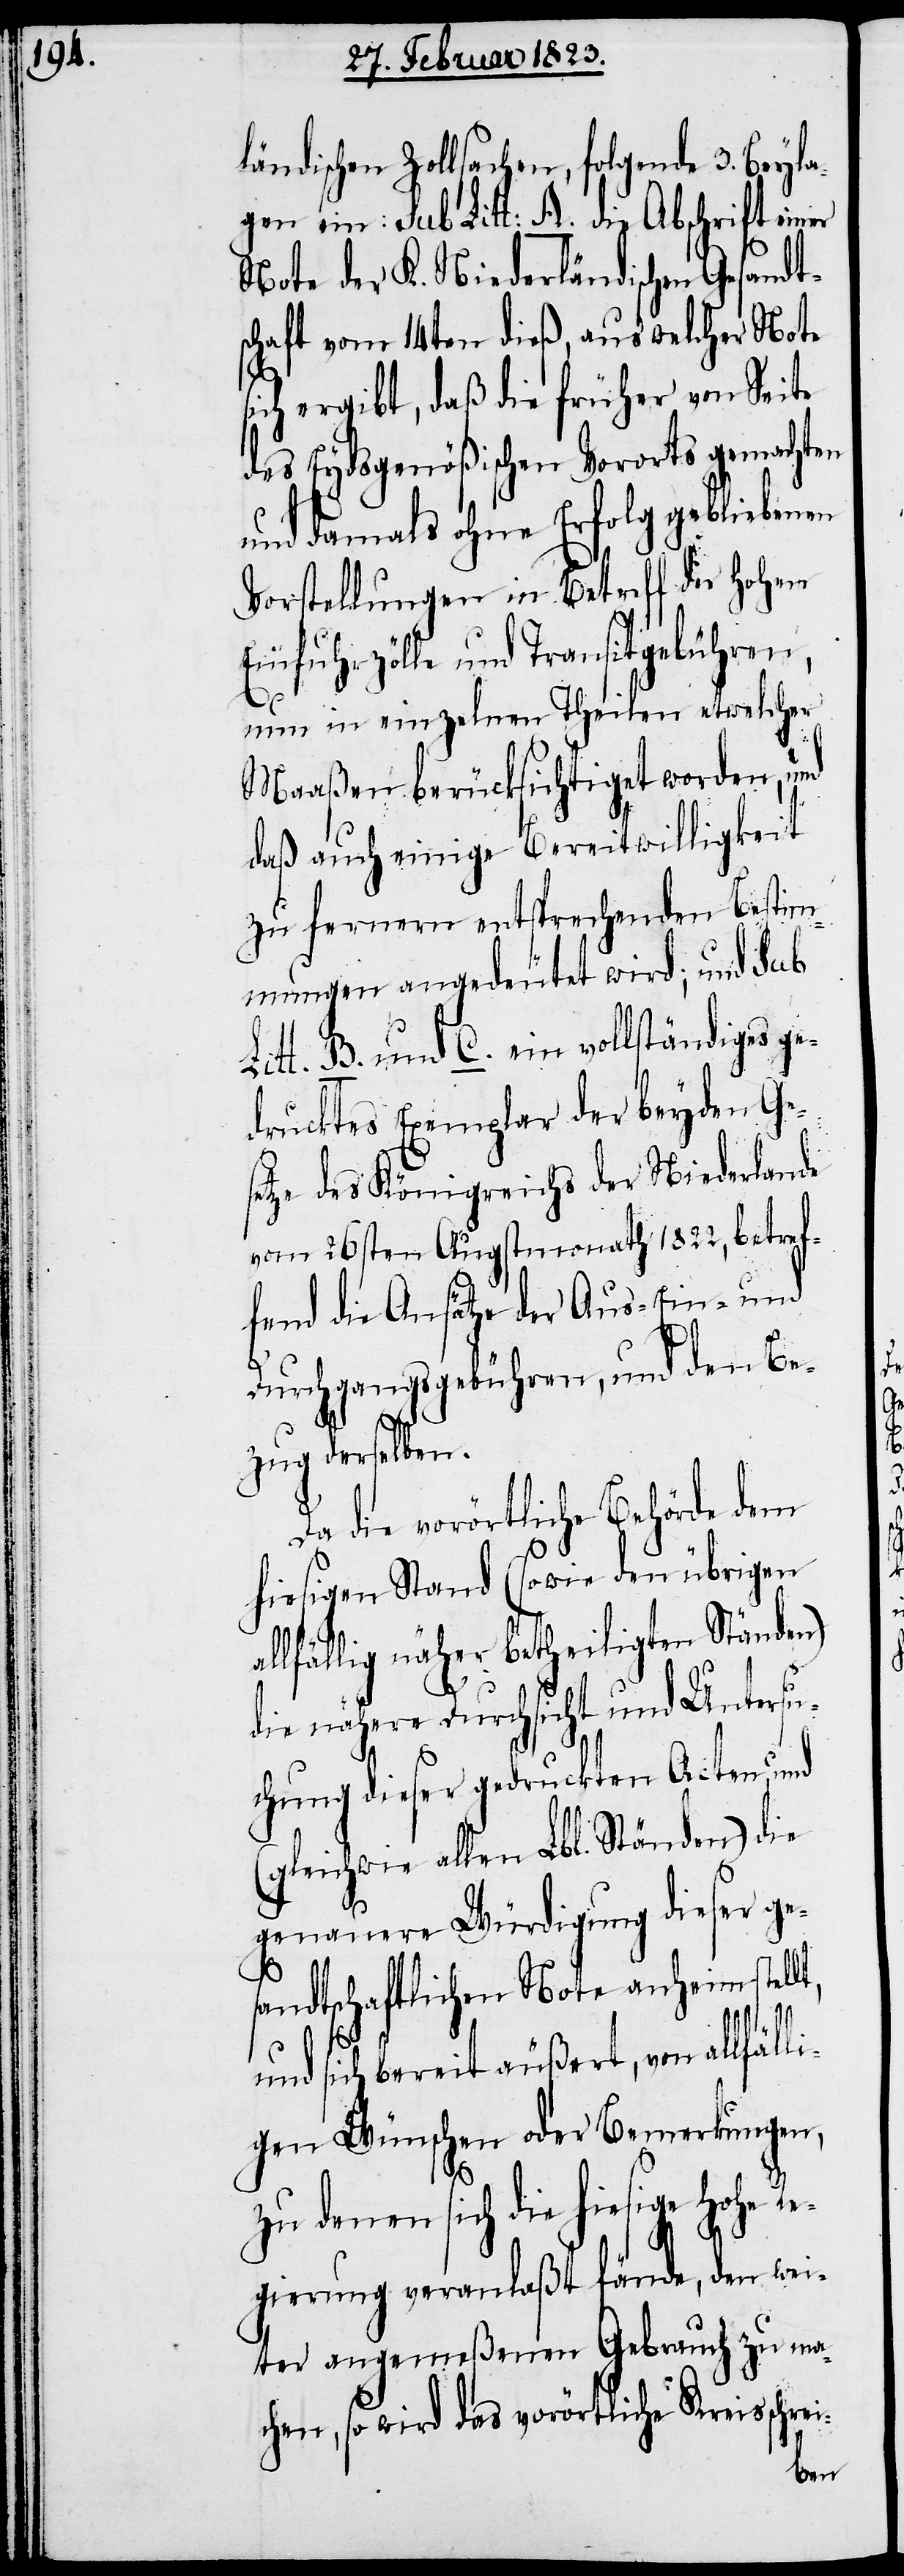
ländischen Zollsachen, folgende 3. Beyla¬
gen ein: sub Litt: A. die Abschrift einer
Note der K. Niederländischen Gesandt¬
schaft vom 14ten dieß, aus welcher Note
sich ergibt, daß die früher von Seite
des Eydsgenößischen Vororts gemachten
und damals ohne Erfolg gebliebenen
Vorstellungen in Betreff der Hohen
Einfuhrzölle und Transitgebühren,
nun in einzelnen Theilen etwelcher
a¬
Maaßen berücksichtiget worden, und
daß auch einige Bereitwilligkeit
zu fernern entsprechenden Bestim¬
mungen angedeutet wird; und sub
Litt. B. und C. ein vollständiges ge¬
drucktes Exemplar der beyden Ge¬
setze des Königreichs der Niederlande
vom 26sten Augstmonath 1822, betref¬
fend die Ansätze der Aus-[,] Ein-
Durchgangsgebühren, und den Be¬
zug derselben.
Da die vorörtliche Behörde dem
hiesigen Stand (sowie den übrigen
llfällig näher betheiligten Ständen)
die nähere Durchsicht und Untersu¬
chung dieser gedruckten Acten, und
(gleichwie allen Lbl. Ständen) die
genauere Würdigung dieser ge¬
sandtschaftlichen Note anheimstell¬
t,
und sich bereit äußert, von allfäll¬
igen Wünschen oder Bemerkungen,
zu denen sich die hiesige Hohe Re¬
gierung veranlaßt fände, den wei¬
ter angemeßenen Gebrauch zu ma¬
chen, so wird das vorörtliche Kreisschrei-